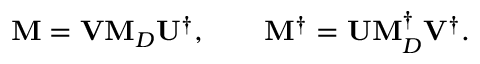
{ \bf M } = { \bf V } { \bf M } _ { D } { \bf U } ^ { \dagger } , \qquad { \bf M ^ { \dagger } } = { \bf U } { \bf M } _ { D } ^ { \dagger } { \bf V } ^ { \dagger } .